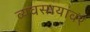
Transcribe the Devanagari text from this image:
व्यवसायांवर